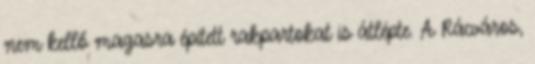
nem kellő magasra épített rakpartokat is átlépte. A Rácváros,